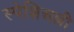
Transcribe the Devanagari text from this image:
स्पेशिअल्ली